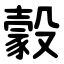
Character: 豰